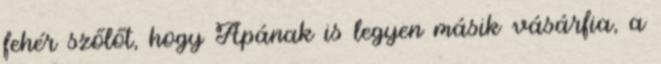
fehér szőlőt, hogy Apának is legyen másik vásárfia, a